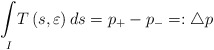
\begin{align*}\underset{I}{\int }T\left( s, \varepsilon\right) ds =p_{+}-p_{-}=:\triangle p \end{align*}